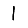
Digit: 1